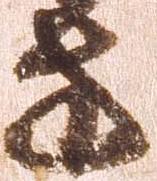
方